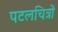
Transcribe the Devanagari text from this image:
पटलचित्रों